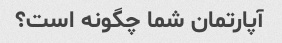
آپارتمان شما چگونه است؟